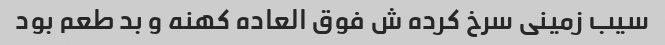
سیب زمینی سرخ کرده ش فوق العاده کهنه و بد طعم بود